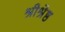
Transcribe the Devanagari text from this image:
श्रीश्रेष्ठ